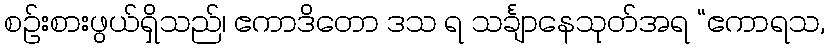
စဉ်းစားဖွယ်ရှိသည်၊ ဧကာဒိတော ဒသ ရ သင်္ချာနေသုတ်အရ “ဧကာရသ,